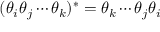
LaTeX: ( \theta _ { i } \theta _ { j } \cdots \theta _ { k } ) ^ { * } = \theta _ { k } \cdots \theta _ { j } \theta _ { i }